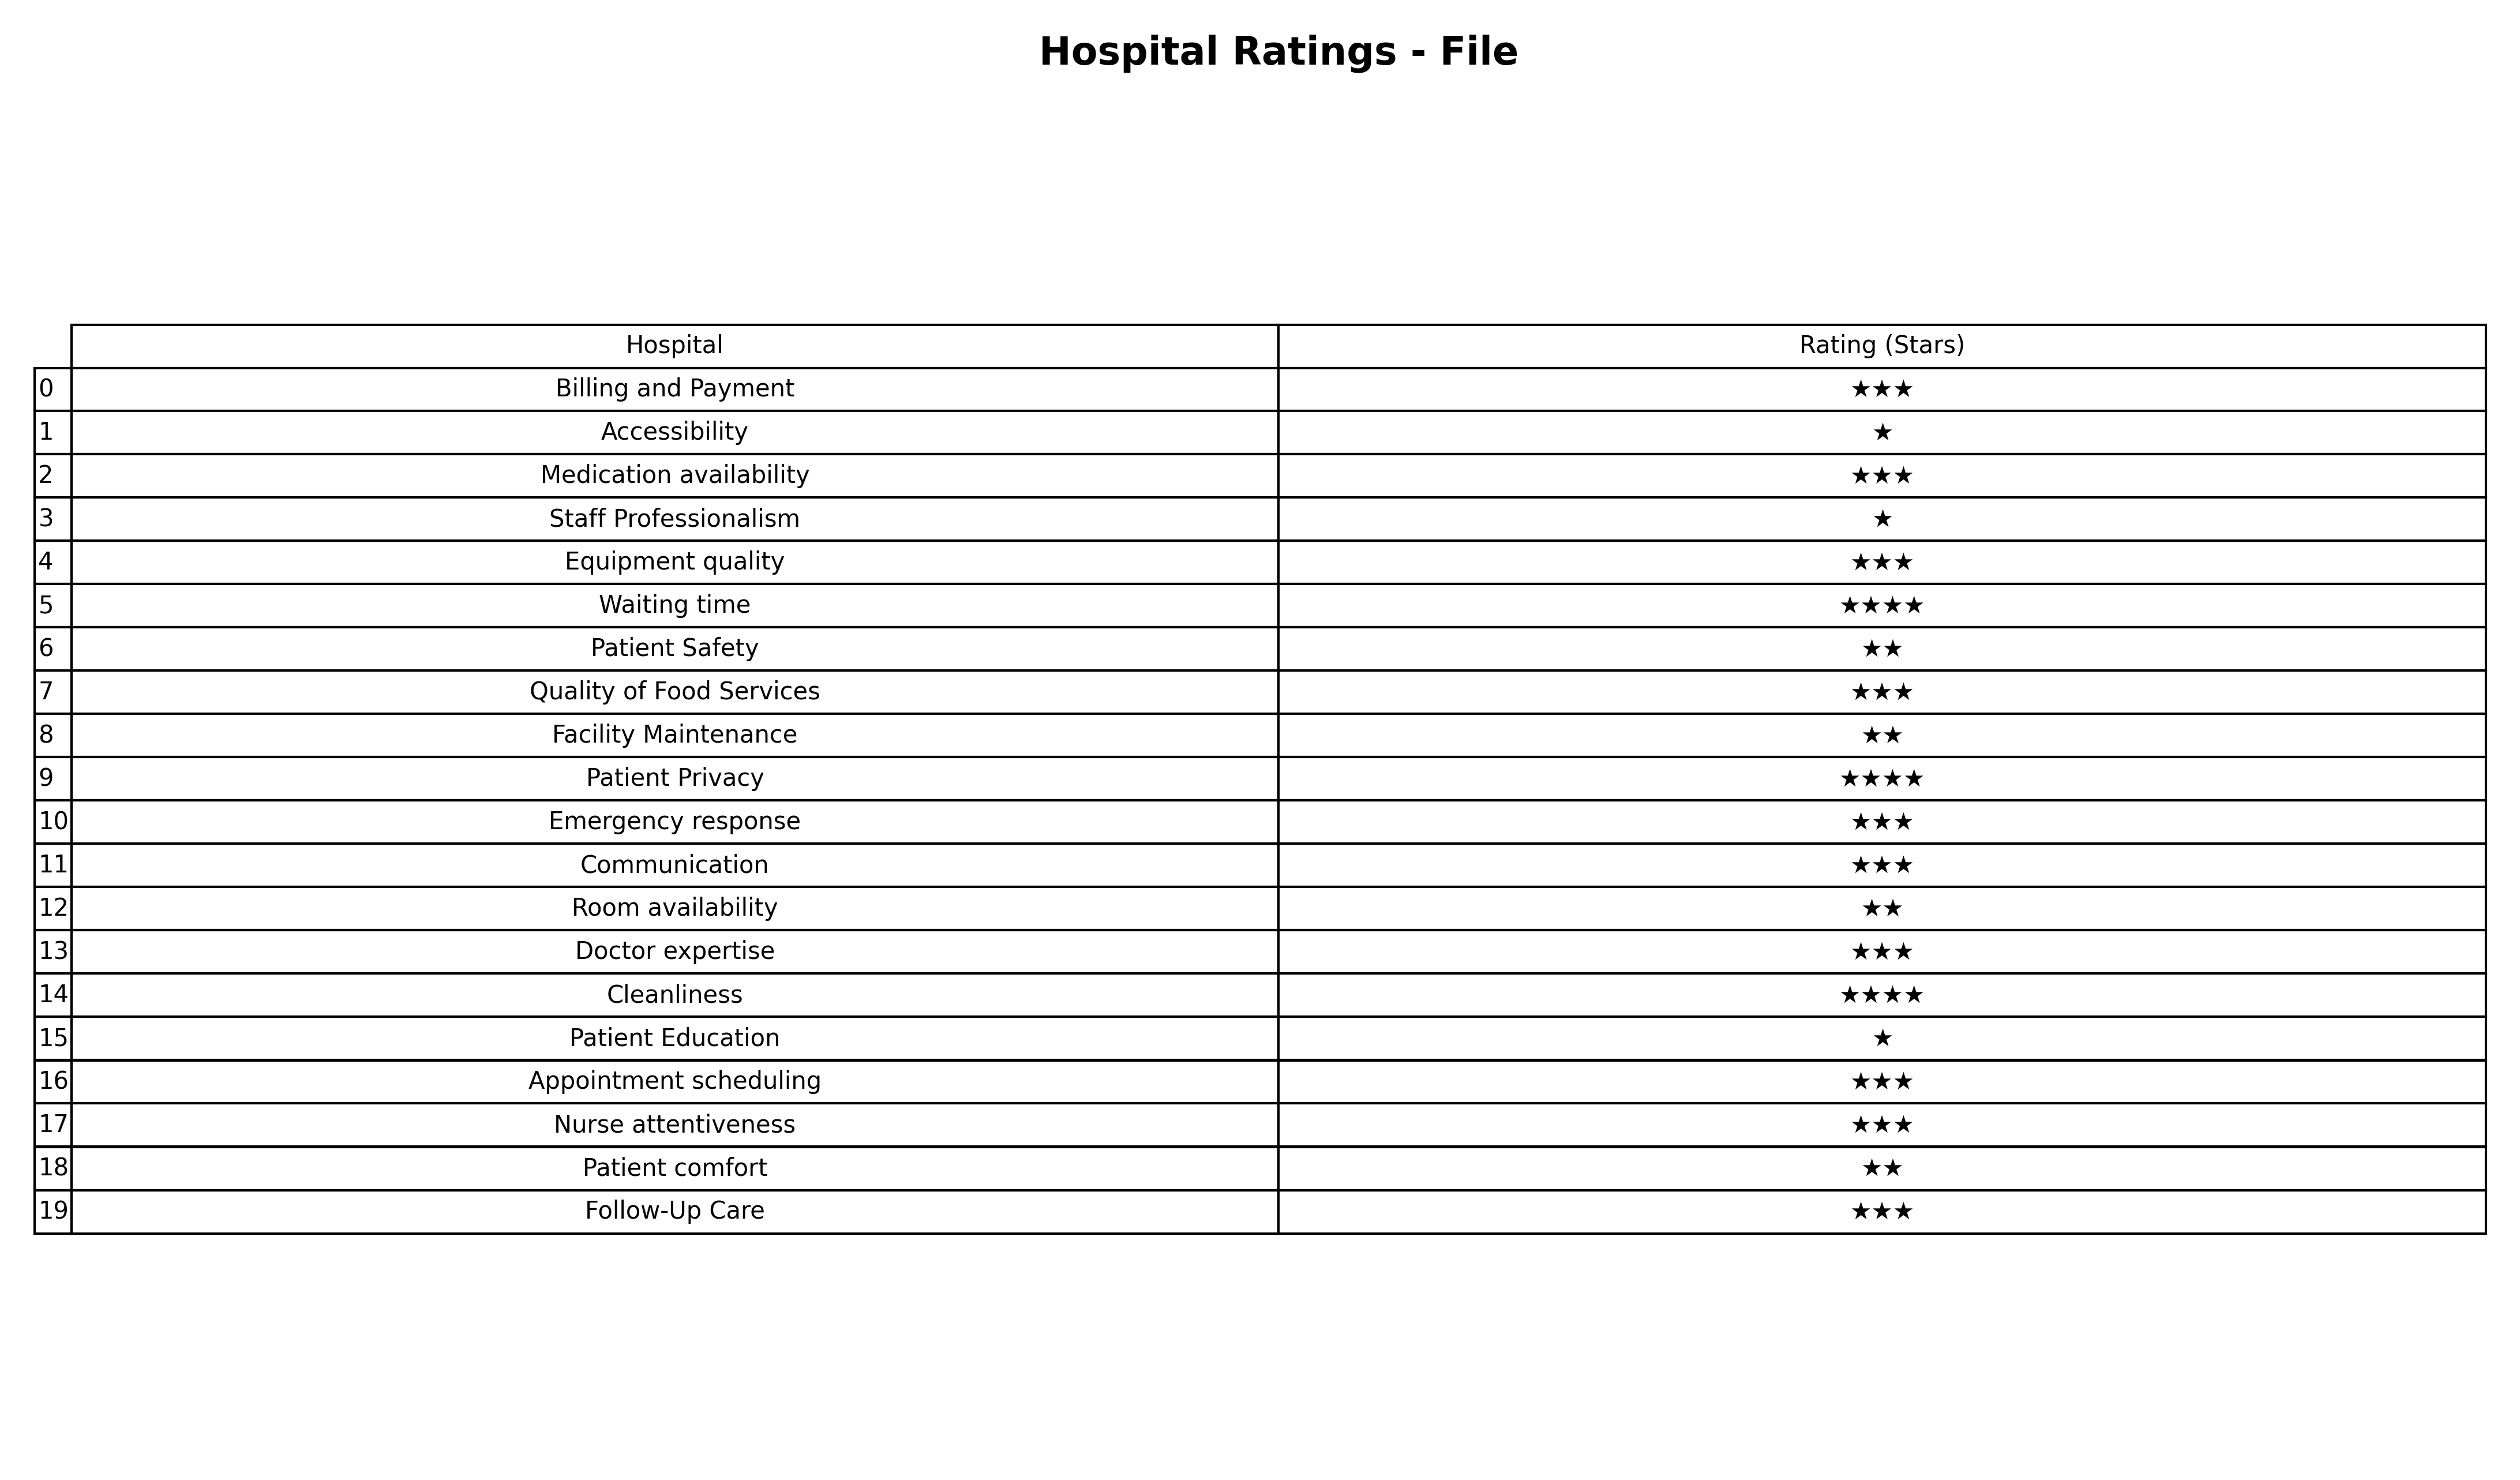
question: What is the rating of Waiting time?
answer: ★★★★